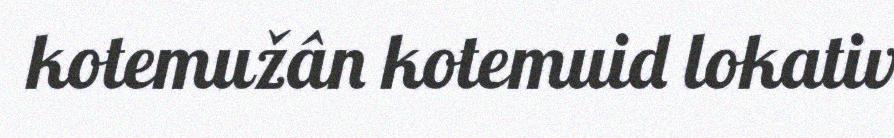
kotemužân kotemuid lokativ